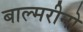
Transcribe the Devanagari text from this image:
बाल्मरीनो